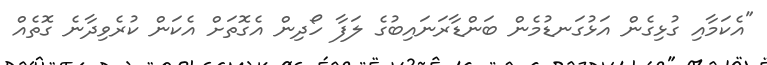
"އެކަމާއި ގުޅިގެން އަޅުގަނޑުމެން ބަންޑާރަނައިބުގެ ލަފާ ހޯދިން އެގޮތަށް އެކަން ކުރެވިދާނެ ގޮތެއް